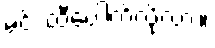
မင်း ထီပေါက်လို့လား။